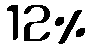
12%